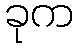
ခုက